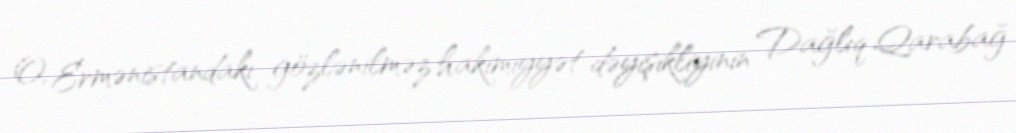
O, Ermənistandakı gözlənilməz hakimiyyət dəyişikliyinin Dağlıq Qarabağ